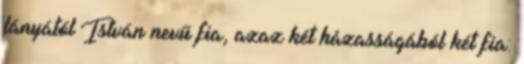
lányától István nevű fia, azaz két házasságából két fia: